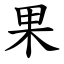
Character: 果